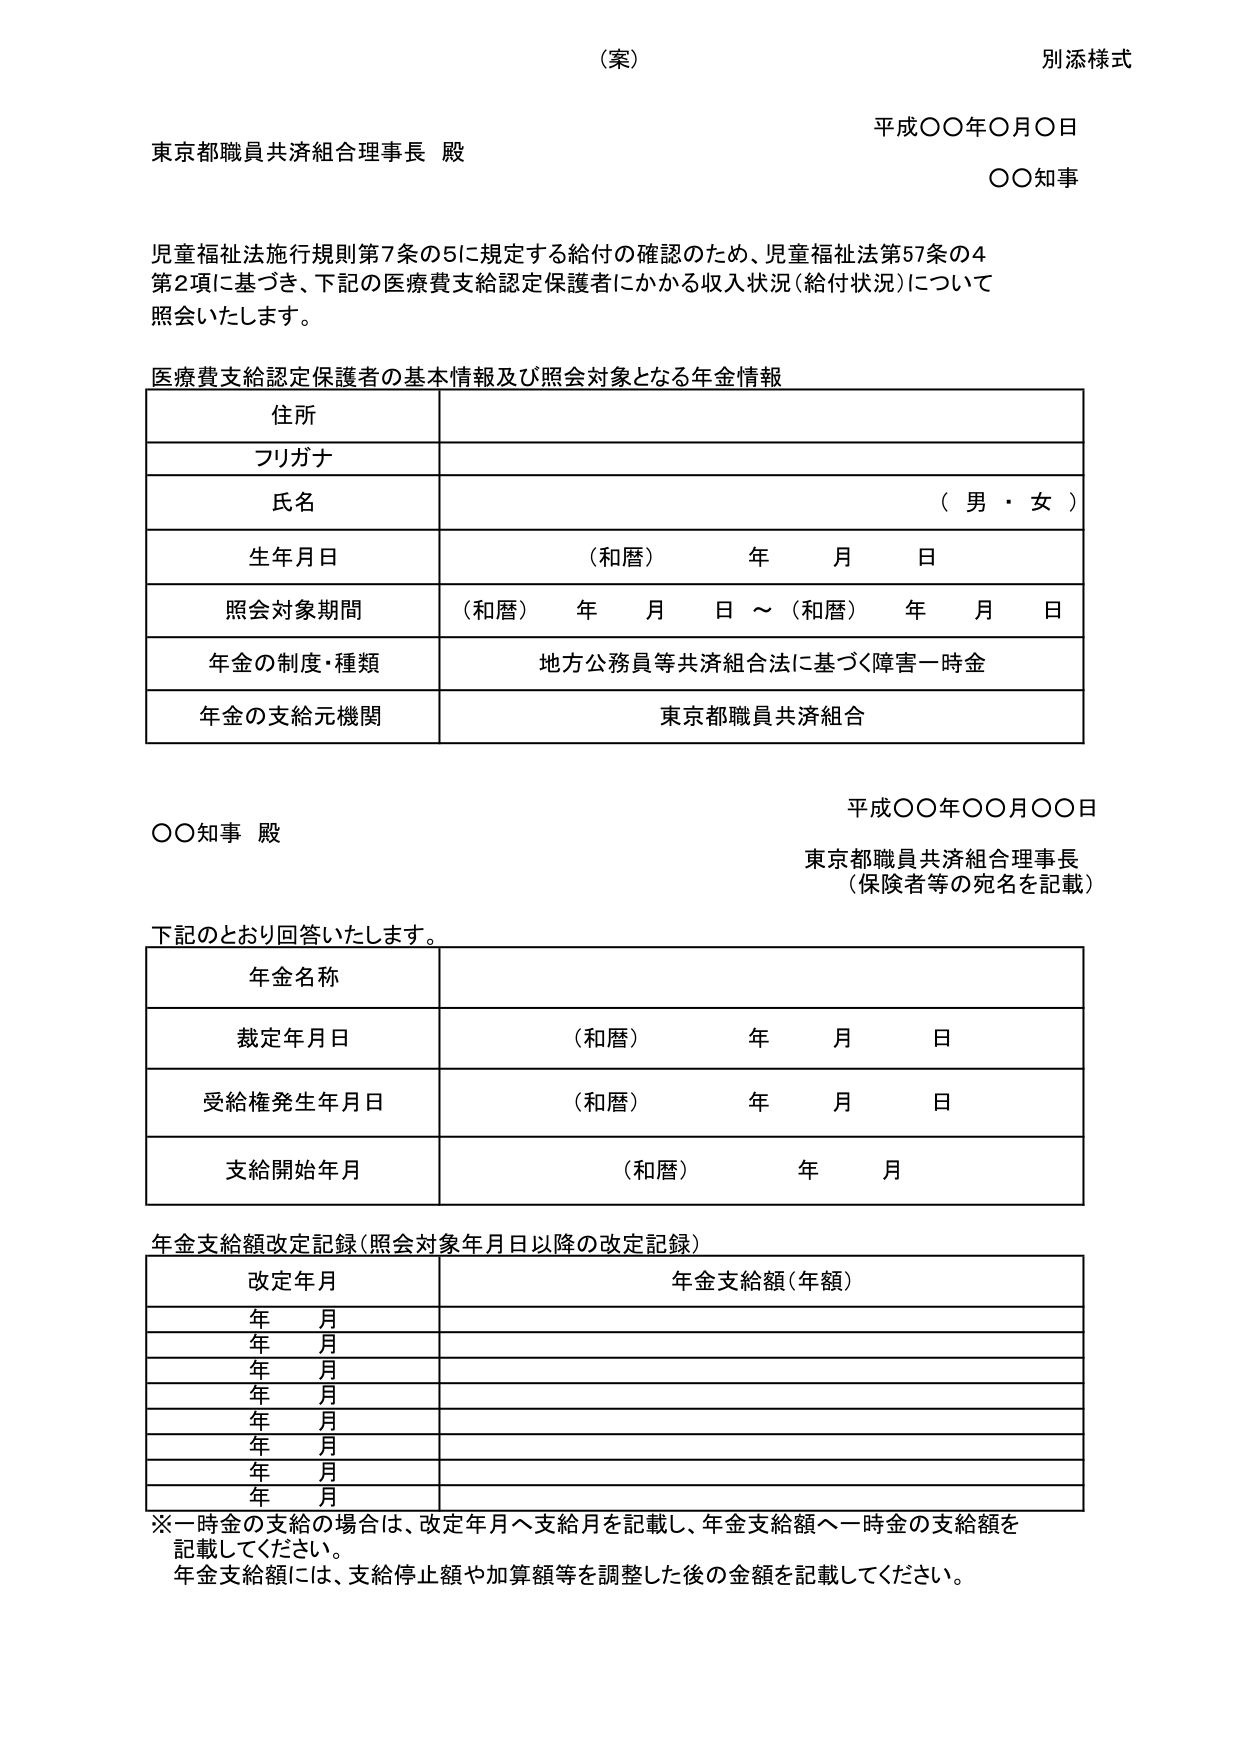
（案）
別添様式

平成〇〇年〇月〇日
東京都職員共済組合理事長 殿
〇〇知事

児童福祉法施行規則第7条の5に規定する給付の確認のため、児童福祉法第57条の4
第2項に基づき、下記の医療費支給認定保護者にかかる収入状況（給付状況）について
照会いたします。

医療費支給認定保護者の基本情報及び照会対象となる年金情報

住所
フリガナ
氏名 （男・女）
生年月日 （和暦） 年 月 日
照会対象期間 （和暦） 年 月 日 ～ （和暦） 年 月 日
年金の制度・種類 地方公務員等共済組合法に基づく障害一時金
年金の支給元機関 東京都職員共済組合

平成〇〇年〇〇月〇〇日
〇〇知事 殿
東京都職員共済組合理事長
（保険者等の宛名を記載）

下記のとおり回答いたします。

年金名称
裁定年月日 （和暦） 年 月 日
受給権発生年月日 （和暦） 年 月 日
支給開始年月 （和暦） 年 月

年金支給額改定記録（照会対象年月日以降の改定記録）

改定年月 年金支給額（年額）
年 月
年 月
年 月
年 月
年 月
年 月
年 月
年 月

※一時金の支給の場合は、改定年月へ支給月を記載し、年金支給額へ一時金の支給額を
記載してください。
年金支給額には、支給停止額や加算額等を調整した後の金額を記載してください。